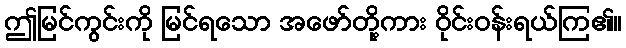
ဤမြင်ကွင်းကို မြင်ရသော အဖော်တို့ကား ဝိုင်းဝန်းရယ်ကြ၏။